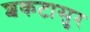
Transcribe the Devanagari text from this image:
शकटासुर